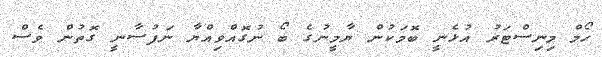
ހޯމް މިނިސްޓަރު އުޅެނީ ބޮމަކުން ޔާމީނުގެ ބޯ ނުގޮއްވިއްޔާ ނަފުސާނީ ގޮތުން ވެސް